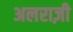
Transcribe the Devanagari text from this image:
अलराज़ी